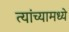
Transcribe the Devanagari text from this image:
त्‍यांच्‍यामध्‍ये